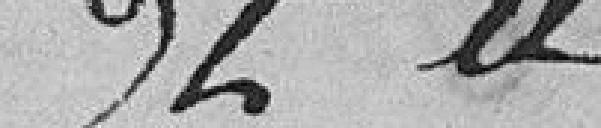
Et à